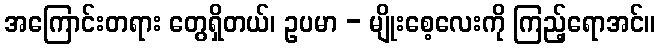
အကြောင်းတရား တွေရှိတယ်၊ ဥပမာ - မျိုးစေ့လေးကို ကြည့်ရောအင်။